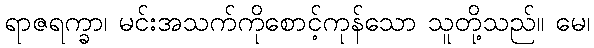
ရာဇရက္ခာ၊ မင်းအသက်ကိုစောင့်ကုန်သော သူတို့သည်။ မေ၊